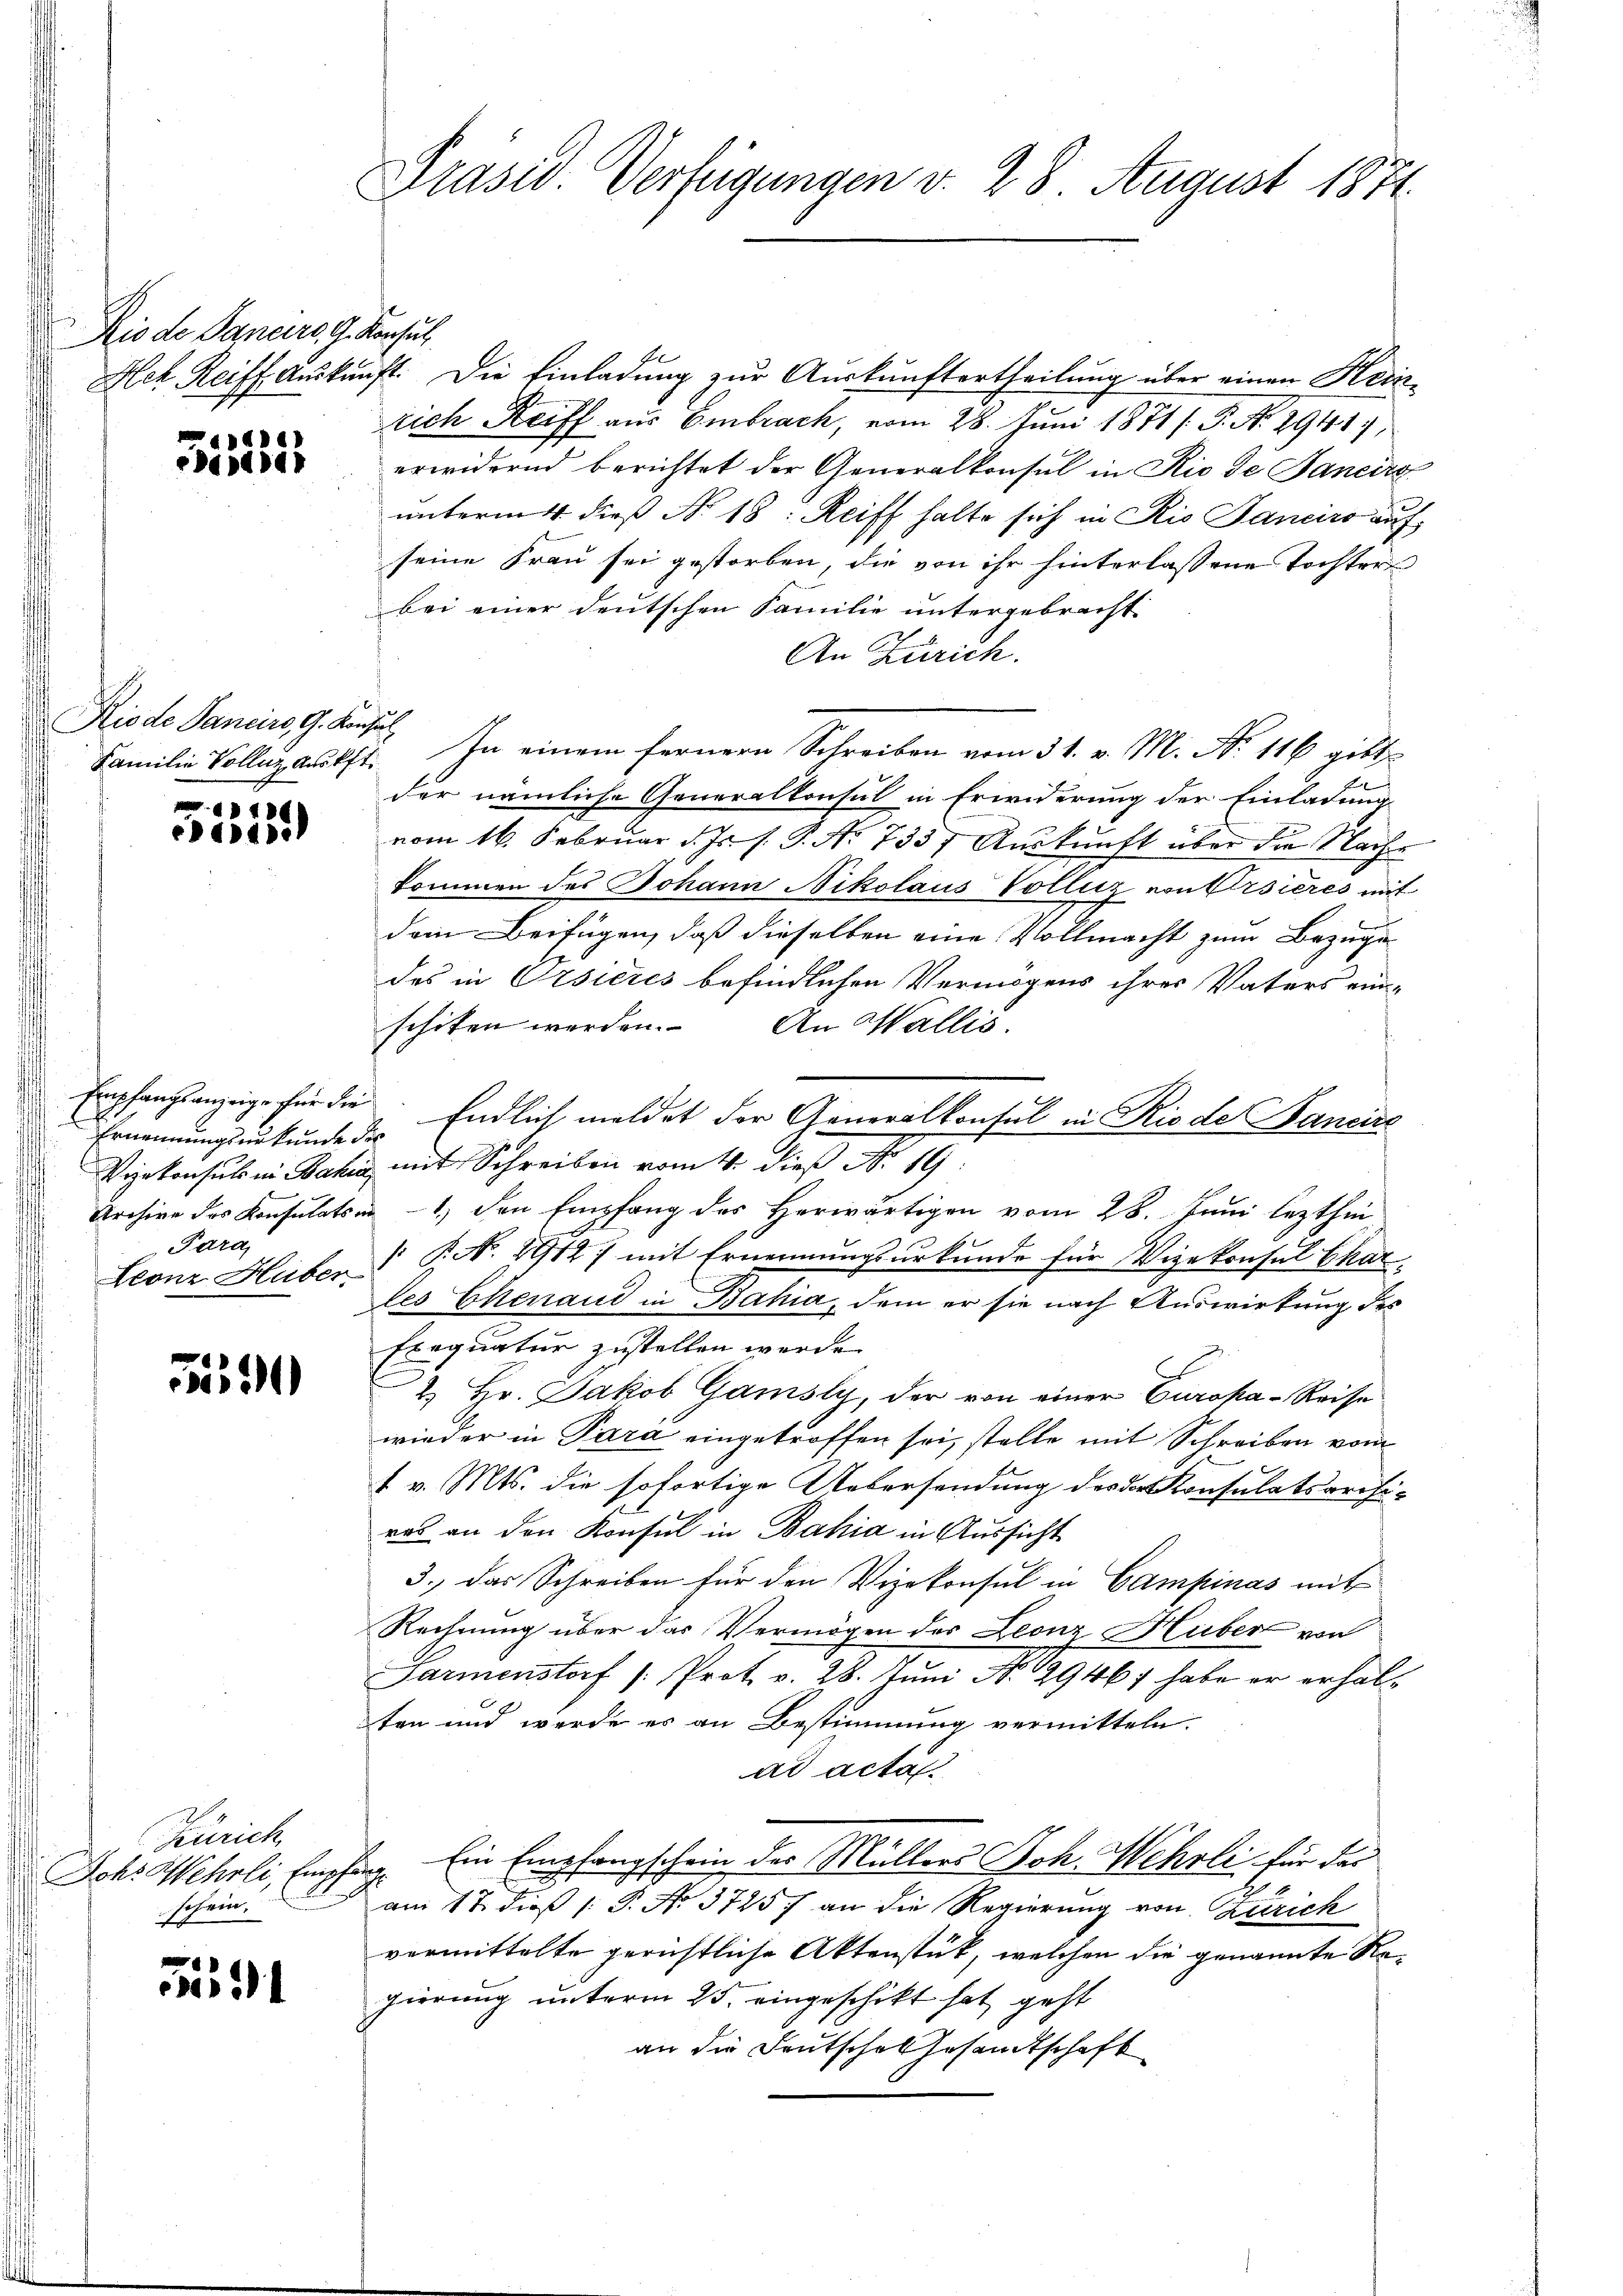
Rio de Janeirg, G. Konfus

6
PG1441

Riede Sanciers, G. Konsul

46
cidi

Ernennungsurkunde des
Para

59

Zürich
Ichs Wehrli, Empf
schein.

Fid

Präsid. Verfügungen d. 28 August 1871.

fe
Aek Reiff Auskunft. Die Einladung zur Auskunftertheilung über einen Heinrich Reiff aus Embrach, vom 28. Juni 1871 / P. No. 2941
erwidernd berichtet der Generalkonsul in Rio de Janeiro
unterm 4 dieß No. 18: Reiff halte sich in Rio Sanciro auf
seine Frau sei gestorben, die von ihr hinterlassene Tochter
bei einer deutschen Familie untergebracht.
An Zürich.
Familie Volleg aufft. In einem fernern Schreiben vom 31. v. M. N. 116 gibt
der nämliche Generalkonsul in Erwiderung der Einladung
vom 16. Februar d. Js. s. S. No 733) Auskunft über die Nache
kommen des Johann Nikolaus Volliz vonfirsieres mit
dem Beifügen, daß dieselben eine Vollmacht zum Bezugun
des in Orsieres befindlichen Vermögens ihrer Vaters ein-
schiten werden. An Wallis.
Empfangsanzeige für die Endlich meldet der Generalkonsul in Rio de Bancire
Vizekonsuls in Bahia mit Schreiben vom 4. dieß No. 19.
Archive des Konsulaten 1) den Empfang des Herwärtigen vom 28. Juni lezthin
Leonz Huber P. Nr. 8912) mit Ernennungsurkunde für Vizekonsul Charles Ehenaud in Bahia, dem er sie nach Auswirkung des
Exequatur zustellen werde.
2.) Hr. Jakob Gamsly, der von einer Europa - Reise
wieder in Para eingetroffen sei, stelle mit Schreiben vom
f v. Mts. die sofortige Uebersendung des das Konsulatsarifi-
ras an den Konsul in Bahia in Aussicht
3. Das Schreiben für den Vizekonsul in Campinas mit
Rechnung über das Vermögen des Leonz Huber von
Parmenstorf /: Prot. v. 28. Jŭni N. 29467 habe er erhalten und werde es an Bestimmung vermitteln.
ad acta
ling. Ein Empfangschein des Müllers Joh. Wehrli für der
am 17. dieß P. Nr. 3725) an die Regierung von Zürich
vermittelte gerichtliche Aktenstück, welchen die genannte Regierung unterm 25. eingeschikt hat, geht
an die Deutschen Gesandtschaft